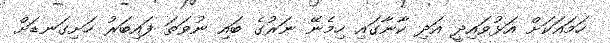
ހަމައަކަށް އަޅުވައިދީ އަދި ކާނާގައި ހިމެނޭ ނަރުގެ ބައި ނުވަތަ ފައިބަރު ހަށިގަނޑަށް